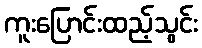
ကူးပြောင်းထည့်သွင်း